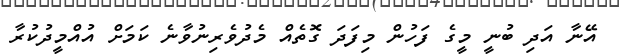
އޭނާ އަދި ބުނީ މީގެ ފަހުން މިފަދަ ގޮތެއް މެދުވެރިނުވާނެ ކަމަށް އުއްމީދުކުރާ